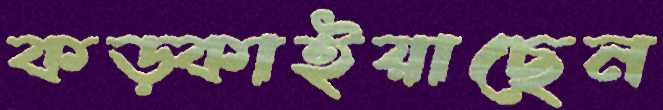
কড়্‌কাইয়াছেন